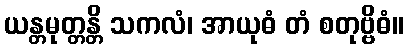
ယန္တမုတ္တန္တိ သကလံ၊ အာယုဓံ တံ စတုဗ္ဗိဓံ။